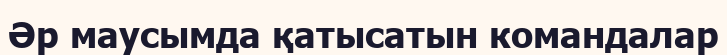
Әр маусымда қатысатын командалар